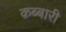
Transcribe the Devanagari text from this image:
क़ब्बारी